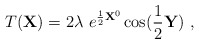
\begin{align*}T({\bf X}) = 2\lambda ~e^{{1\over 2}{\bf X}^0}\cos({1\over 2}{\bf Y})~,\end{align*}